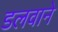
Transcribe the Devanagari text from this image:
डलवाने